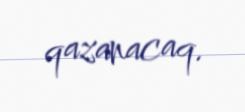
qazanacaq.